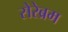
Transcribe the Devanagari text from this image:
सेरेब्रम